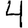
Digit: 4